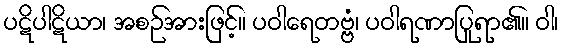
ပဋိပါဋိယာ၊ အစဉ်အားဖြင့်။ ပဝါရေတဗ္ဗံ၊ ပဝါရဏာပြုရာ၏။ ဝါ၊